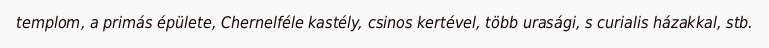
templom, a primás épülete, Chernelféle kastély, csinos kertével, több urasági, s curialis házakkal, stb.